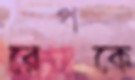
রেপকে